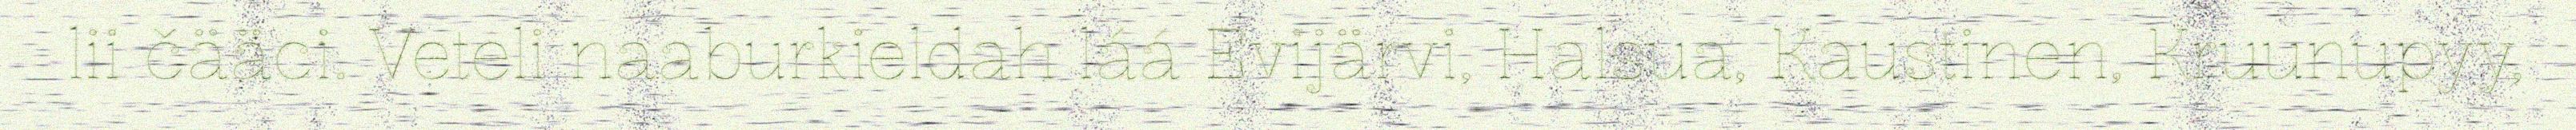
lii čääci. Veteli naaburkieldah láá Evijärvi, Halsua, Kaustinen, Kruunupyy,